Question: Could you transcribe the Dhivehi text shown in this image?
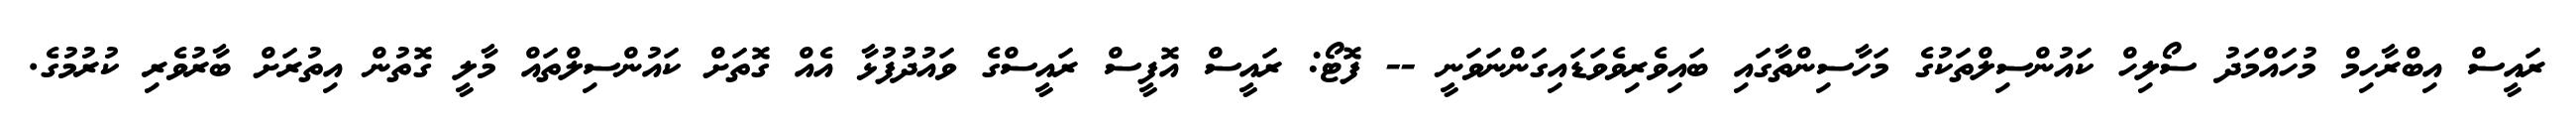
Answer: ރައީސް އިބްރާހިމް މުހައްމަދު ސޯލިހް ކައުންސިލްތަކުގެ މަހާސިންތާގައި ބައިވެރިވެވަޑައިގަންނަވަނީ -- ފޮޓޯ: ރައީސް އޮފީސް ރައީސްގެ ވައުދުފުޅާ އެއް ގޮތަށް ކައުންސިލްތައް މާލީ ގޮތުން އިތުރަށް ބާރުވެރި ކުރުމުގެ.